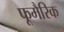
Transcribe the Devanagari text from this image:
फूमैरिक